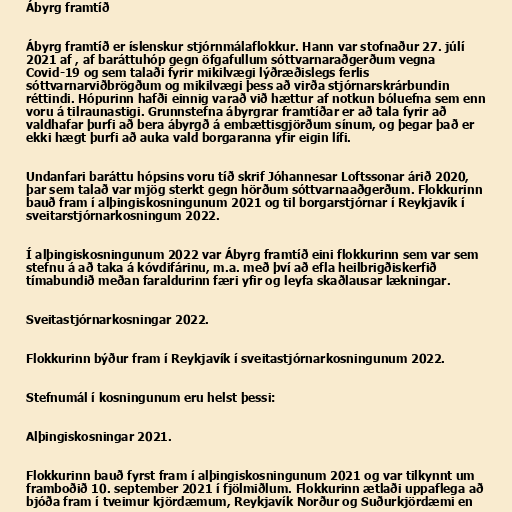
Ábyrg framtíð

Ábyrg framtíð er íslenskur stjórnmálaflokkur. Hann var stofnaður 27. júlí
2021 af , af baráttuhóp gegn öfgafullum sóttvarnaraðgerðum vegna
Covid-19 og sem talaði fyrir mikilvægi lýðræðislegs ferlis
sóttvarnarviðbrögðum og mikilvægi þess að virða stjórnarskrárbundin
réttindi. Hópurinn hafði einnig varað við hættur af notkun bóluefna sem enn
voru á tilraunastigi. Grunnstefna ábyrgrar framtíðar er að tala fyrir að
valdhafar þurfi að bera ábyrgð á embættisgjörðum sínum, og þegar það er
ekki hægt þurfi að auka vald borgaranna yfir eigin lífi.

Undanfari baráttu hópsins voru tíð skrif Jóhannesar Loftssonar árið 2020,
þar sem talað var mjög sterkt gegn hörðum sóttvarnaaðgerðum. Flokkurinn
bauð fram í alþingiskosningunum 2021 og til borgarstjórnar í Reykjavík í
sveitarstjórnarkosningum 2022.

Í alþingiskosningunum 2022 var Ábyrg framtíð eini flokkurinn sem var sem
stefnu á að taka á kóvdifárinu, m.a. með því að efla heilbrigðiskerfið
tímabundið meðan faraldurinn færi yfir og leyfa skaðlausar lækningar.

Sveitastjórnarkosningar 2022.

Flokkurinn býður fram í Reykjavík í sveitastjórnarkosningunum 2022.

Stefnumál í kosningunum eru helst þessi:

Alþingiskosningar 2021.

Flokkurinn bauð fyrst fram í alþingiskosningunum 2021 og var tilkynnt um
framboðið 10. september 2021 í fjölmiðlum. Flokkurinn ætlaði uppaflega að
bjóða fram í tveimur kjördæmum, Reykjavík Norður og Suðurkjördæmi en